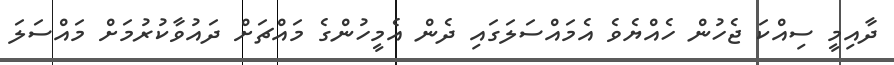
ދާއިމީ ސިއްކަ ޖެހުން ހެއްޔެވެ އެމައްސަލަގައި ދެން އެމީހުންގެ މައްޗަށް ދައުވާކުރުމަށް މައްސަލަ